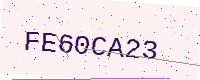
Text: FE60CA23